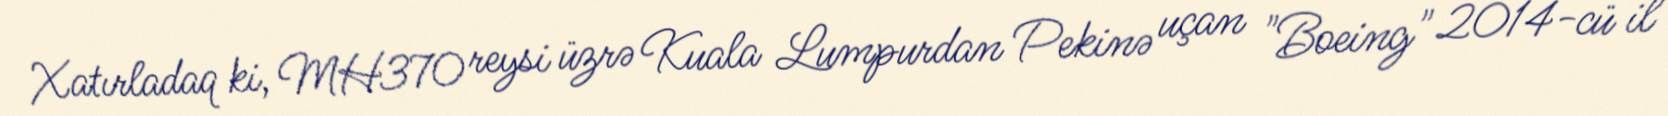
Xatırladaq ki, MH370 reysi üzrə Kuala Lumpurdan Pekinə uçan "Boeing" 2014-cü il